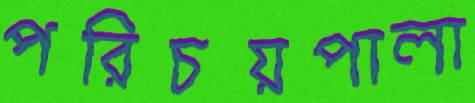
পরিচয়পালা